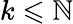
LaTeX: k\leqslant\mathbb{N}